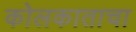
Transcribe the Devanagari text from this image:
कोलकाताचा